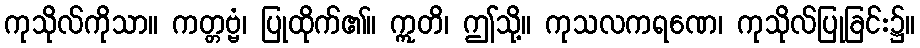
ကုသိုလ်ကိုသာ။ ကတ္တဗ္ဗံ၊ ပြုထိုက်၏။ ဣတိ၊ ဤသို့။ ကုသလကရဏေ၊ ကုသိုလ်ပြုခြင်း၌။